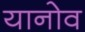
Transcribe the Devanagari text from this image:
यानोव